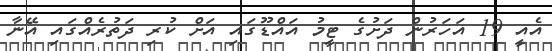
އެއީ 19 އަހަރުން ދަށުގެ ޓީމު އައްޑޫގައި އަށް ކުރި ދަތުރެއްގައި އޭނާ